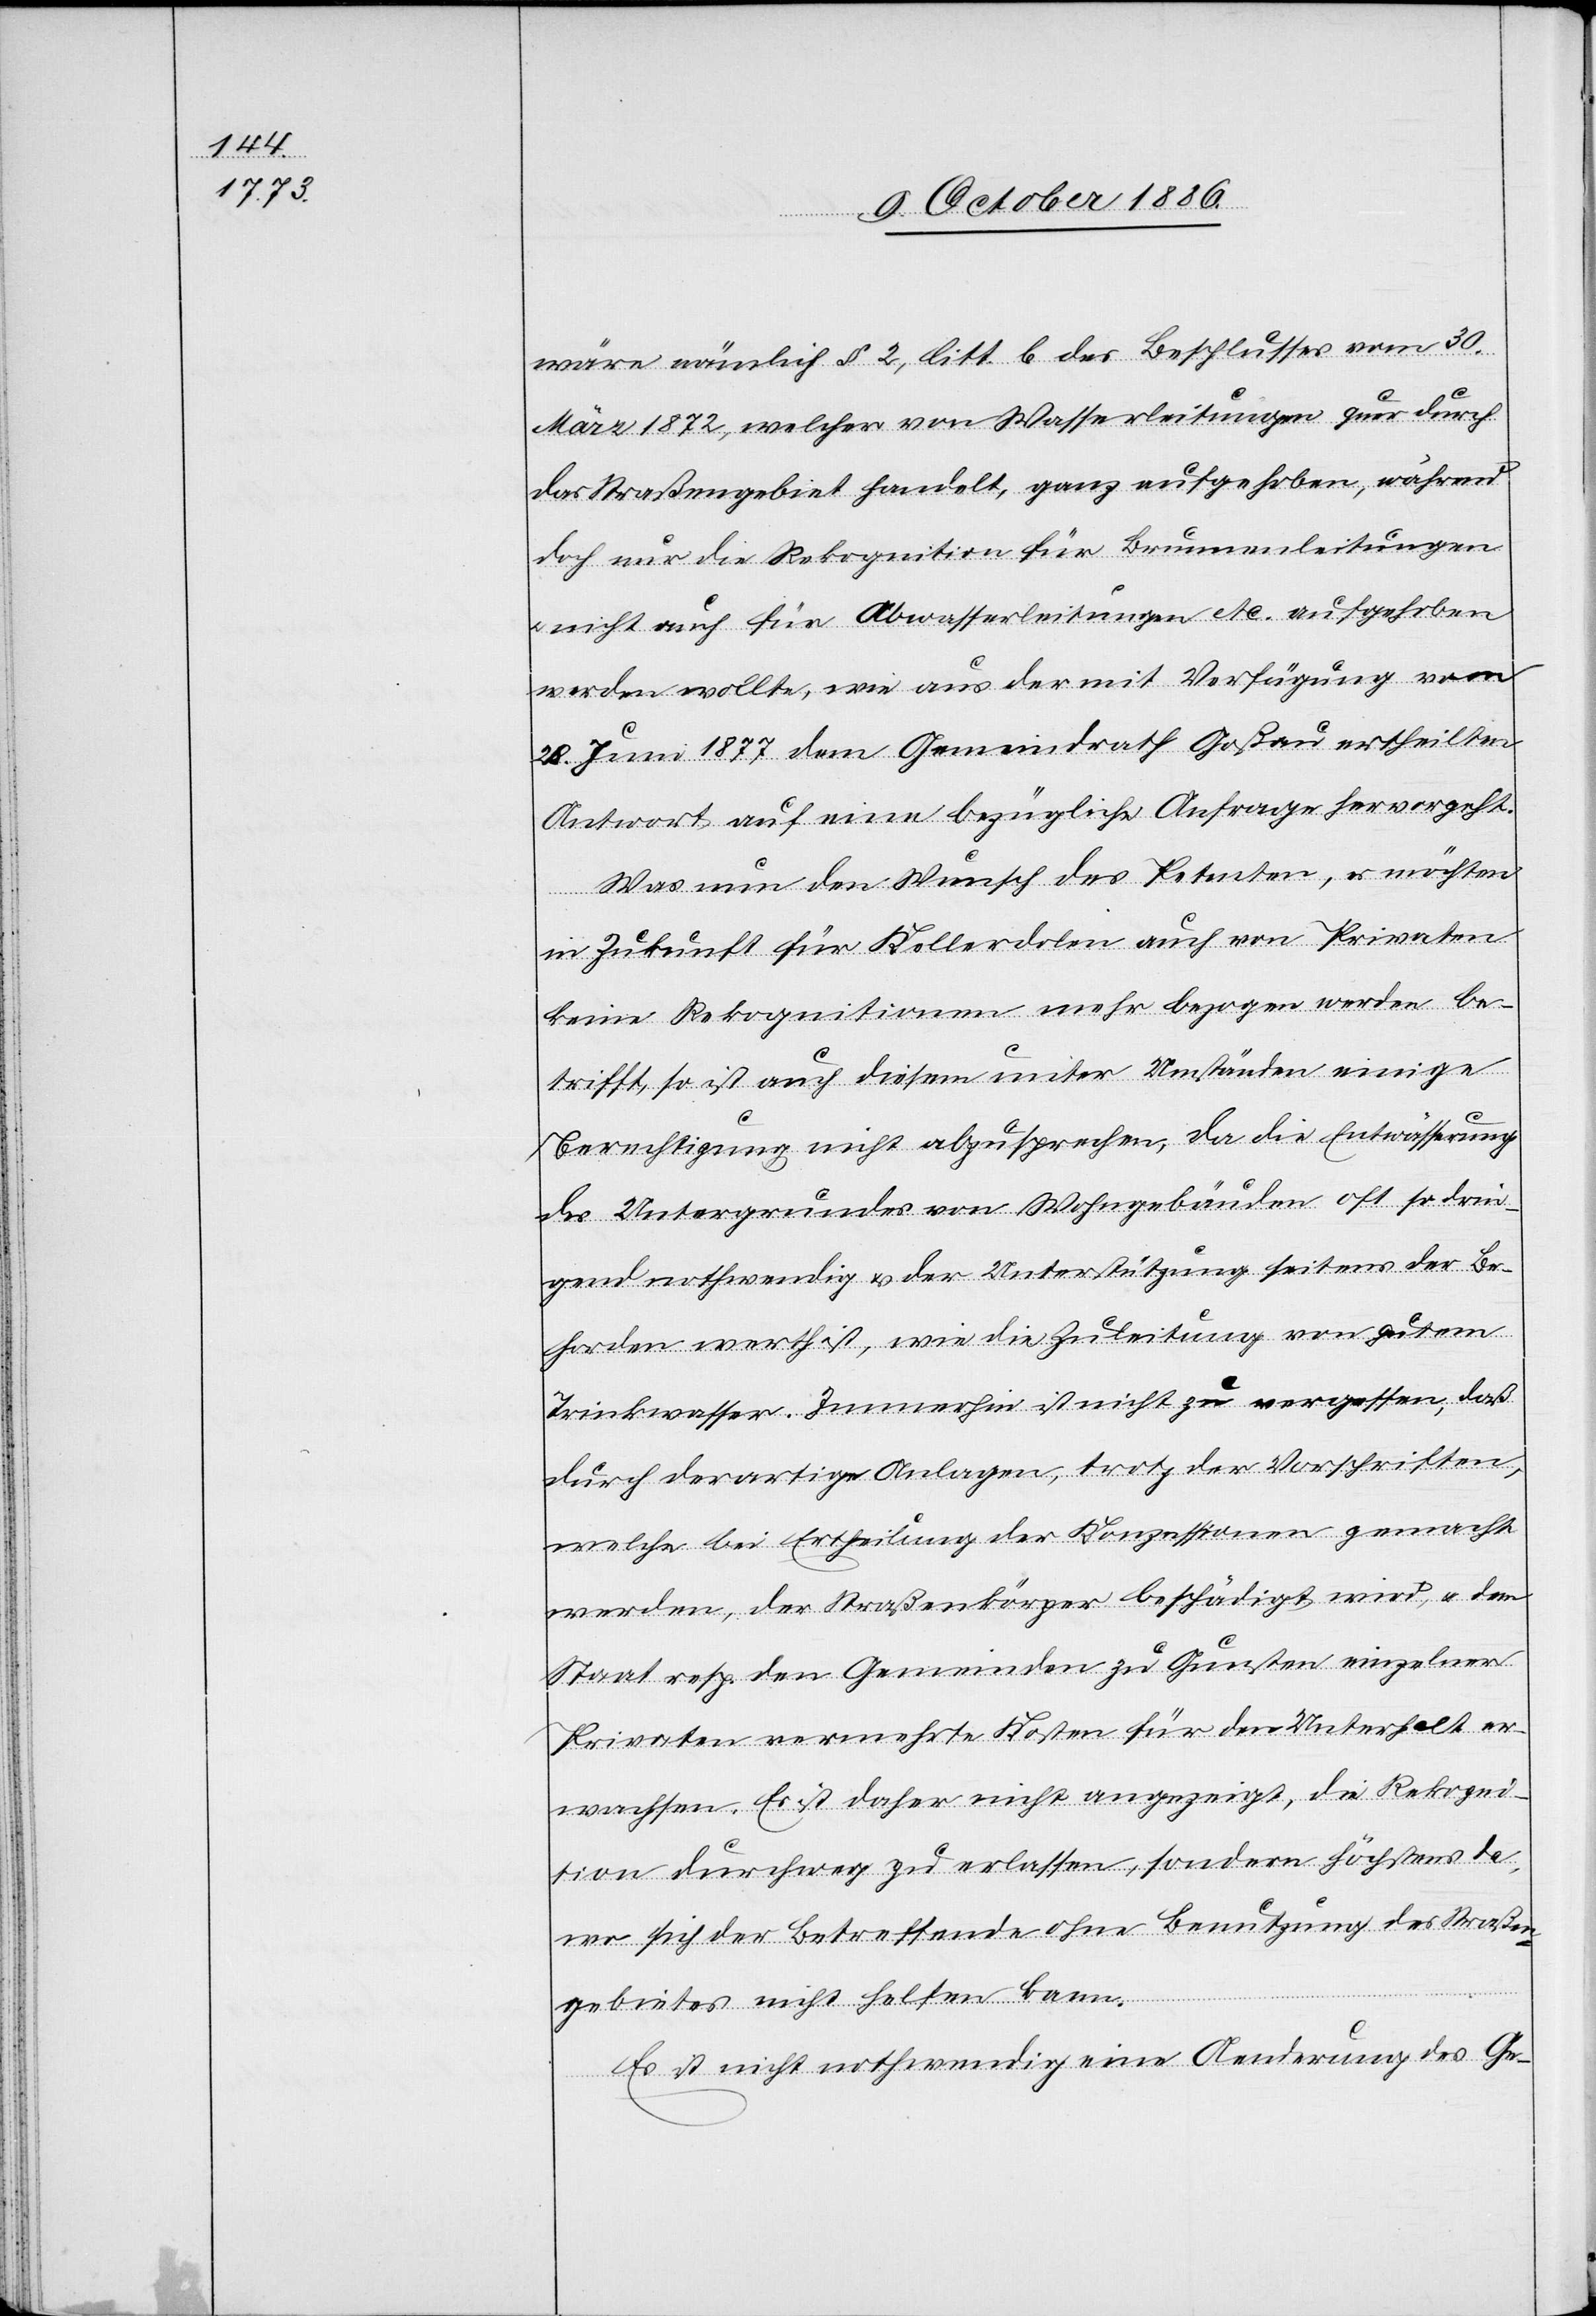
wäre nämlich § 2, litt. b des Beschlusses vom 20.
März 1872, welcher von Wasserleitungen quer durch
das Straßengebiet handelt, ganz aufgehoben, während
doch nur die Rekognition für Brunnenleitungen
& nicht auch für Abwasserleitungen etc. aufgehoben
werden wollte, wie aus der mit Verfügung vom
28. Juni 1877 dem Gemeindrath Goßau ertheilten
Antwort auf eine bezügliche Anfrage hervorgeht.
Was nun den Wunsch des Petenten, es möchten
in Zukunft für Kellerdolen auch von Privaten
keine Rekognitionen mehr bezogen werden be¬
trifft, so ist auch diesem unter Umständen einige
Berechtigung nicht abzusprechen, da die Entwässerung
des Untergrundes von Wohngebäuden oft so drin¬
gend nothwendig & der Unterstützung seitens der Be¬
horden [sic!] werth ist, wie die Zuleitung von gutem
Trinkwasser. Immerhin ist nicht zu vergessen, daß
durch derartige Anlagen, trotz der Vorschriften,
welche bei Ertheilung der Konzessionen gemacht
werden, der Straßenkörper beschädigt wird, & dem
Staat resp. den Gemeinden zu Gunsten einzelner
Privaten vermehrte Kosten für den Unterhalt er¬
wachsen. Es ist daher nicht angezeigt, die Rekogni¬
tion durchweg zu erlassen, sondern höchstens da,
wo sich der Betreffende ohne Benutzung des Straßen¬
gebietes nicht helfen kann.
Es ist nicht nothwendig eine Aenderung des Ge-